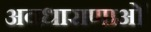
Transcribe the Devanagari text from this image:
अवधाराणाओं